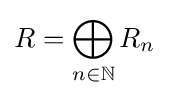
R=\bigoplus _{n\in \mathbb {N} }R_{n}